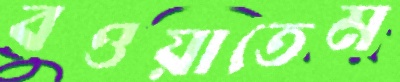
বওয়াতেম